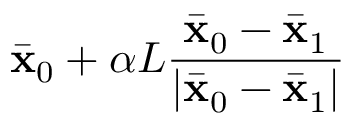
\bar { \mathbf { x } } _ { 0 } + \alpha L \frac { \bar { \mathbf { x } } _ { 0 } - \bar { \mathbf { x } } _ { 1 } } { \left| \bar { \mathbf { x } } _ { 0 } - \bar { \mathbf { x } } _ { 1 } \right| }